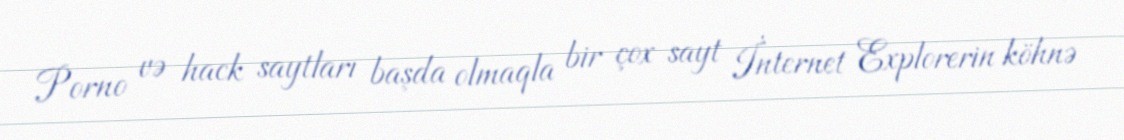
Porno və hack saytları başda olmaqla bir çox sayt İnternet Explorerin köhnə